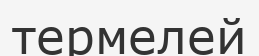
термелей